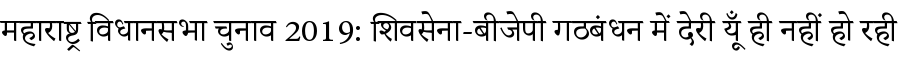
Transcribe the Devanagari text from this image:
महाराष्ट्र विधानसभा चुनाव 2019: शिवसेना-बीजेपी गठबंधन में देरी यूँ ही नहीं हो रही